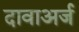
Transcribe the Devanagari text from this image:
दावाअर्ज